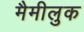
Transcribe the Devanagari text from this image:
मैमीलुक